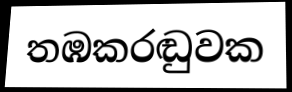
තඹකරඬුවක